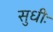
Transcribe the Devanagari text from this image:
सुधीः